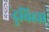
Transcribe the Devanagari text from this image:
दुविहा।